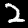
Digit: 2